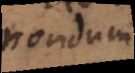
nondum